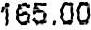
165.00